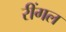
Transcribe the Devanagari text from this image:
रींगल